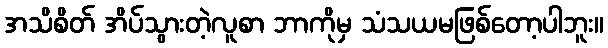
အသိစိတ် အိပ်သွားတဲ့လူစာ ဘာကိုမှ သံသယမဖြစ်တော့ပါဘူး။